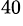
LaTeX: ^{40}